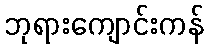
ဘုရားကျောင်းကန်